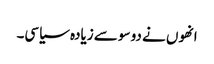
انھوں نے دو سو سے زیادہ سیاسی۔